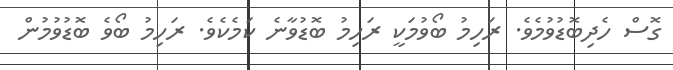
ގޮސް ހެދިބޮޑުވުމެވެ. ރަހިމު ބޯވުމަކީ ރަހިމު ބޮޑުވާނެ ކަމެކެވެ. ރަހިމު ބޯވެ ބޮޑުވުމުން